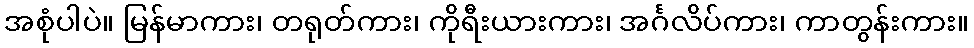
အစုံပါပဲ။ မြန်မာကား၊ တရုတ်ကား၊ ကိုရီးယားကား၊ အင်္ဂလိပ်ကား၊ ကာတွန်းကား။